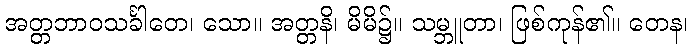
အတ္တဘာဝသင်္ခါတေ၊ သော။ အတ္တနိ၊ မိမိ၌။ သမ္ဘူတာ၊ ဖြစ်ကုန်၏။ တေန၊